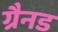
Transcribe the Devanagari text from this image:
ग्रैनड